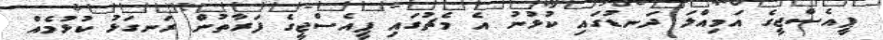
ޕީއެސްޖީގެ އަމިއްލަ ދަނޑުގައި ކުޅުނު އެ މެޗުގައި ޕީއެސްޖީގެ ފަރާތުން ރަނގަޅު ކުޅުމެއް